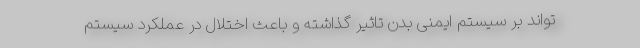
تواند بر سیستم ایمنی بدن تاثیر گذاشته و باعث اختلال در عملکرد سیستم